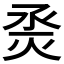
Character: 𰞜